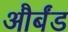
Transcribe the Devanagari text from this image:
और्बंड